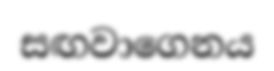
සඟවාගෙනය